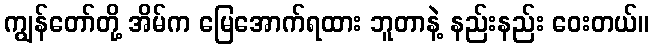
ကျွန်တော်တို့ အိမ်က မြေအောက်ရထား ဘူတာနဲ့ နည်းနည်း ဝေးတယ်။